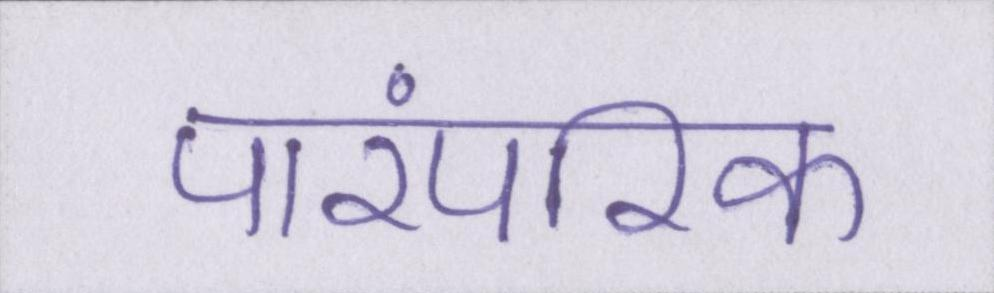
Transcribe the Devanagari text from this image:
पारंपरिक